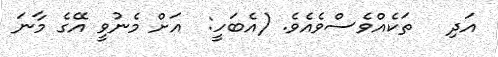
އަދި   ތަކެއްވެސްވެއެވެ. (އެބަހީ:  އަށް މެނުވީ އޭގެ މާނަ